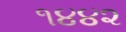
૧૪૪૨